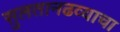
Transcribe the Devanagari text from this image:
सुलतानढव्याचा